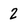
Character: 2